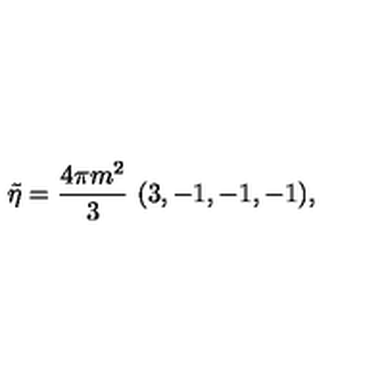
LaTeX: \tilde { \eta } = { \frac { 4 \pi m ^ { 2 } } { 3 } } \ ( 3 , - 1 , - 1 , - 1 ) ,